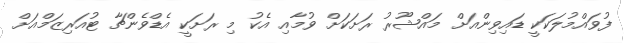
ފުވައްމުލަކަކީ ޑައިވިންއަށް މައްޝޫރު ރަށަކަށް ވުމާއި އެކު މި ރަށަކީ އެޑްވެންޗާ ޓުއަރިޒަމްއަށް